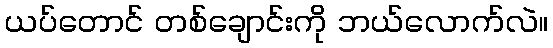
ယပ်တောင် တစ်ချောင်းကို ဘယ်လောက်လဲ။